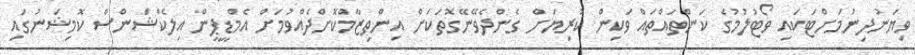
ވިޔަނުދިނުމަށްޓަކައި ވޯޓުލުމުގެ ކަންތައްތައް ވަކިން ކުރިޔަށް ގެންދެވޭނޭގޮތަކަށް އިންތިޒާމްކޮށްދެއްވުމަށް އެމްޑީޕީން އިލެކްޝަންސް ކޮމިޝަނުގައި